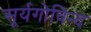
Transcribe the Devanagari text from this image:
सूर्यगोविन्द